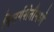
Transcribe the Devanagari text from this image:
निसर्गशेतीमध्ये